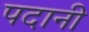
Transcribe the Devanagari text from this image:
पदानी